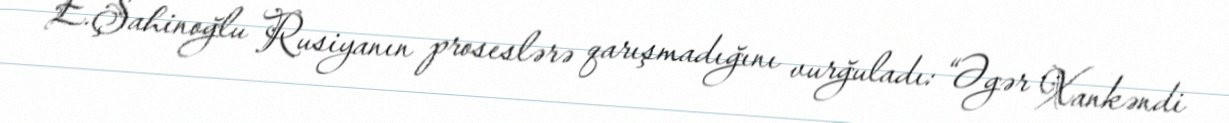
E.Şahinoğlu Rusiyanın proseslərə qarışmadığını vurğuladı: “Əgər Xankəndi